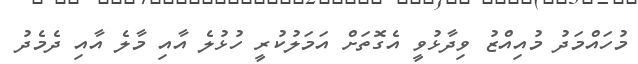
މުހައްމަދު މުއިއްޒު ވިދާޅުވީ އެގޮތަށް އަމަލުކުރީ ހުޅުލެ އާއި މާލެ އާއި ދެމެދު